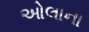
ઓલાના